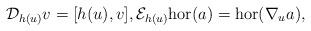
LaTeX: \begin{gather*} \mathcal{D}_{h(u)}v = [h(u),v], \mathcal{E}_{h(u)}\mathrm{hor}(a) = \mathrm{hor}(\nabla_ua), \end{gather*}